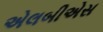
એલબીએસ